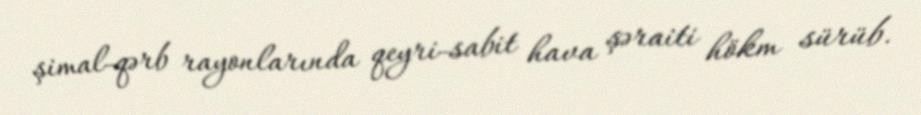
şimal-qərb rayonlarında qeyri-sabit hava şəraiti hökm sürüb.